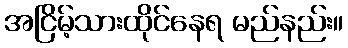
အငြိမ့်သားထိုင်နေရ မည်နည်း။